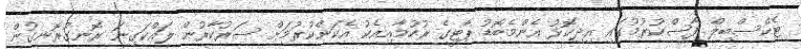
ޓެކްސްބިލް ފާސްކުރުމުގައި އިދިކޮޅު އެންމެބޮޑު ޕާޓީގެ ރުހުމާއިއެކު އެކަންކުރުމަށް ސަރުކާރުން ލައްކަގިނަ ރޮނގުރޮނގުން